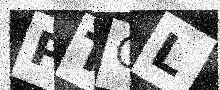
Text: PTCL